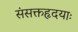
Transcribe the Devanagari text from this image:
संसक्तहृदयाः